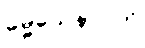
ဓမ္မသေနာပတိ